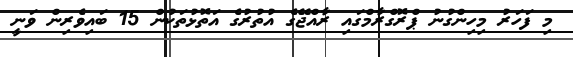
މި ފަހަރު މިހިންގުނު ޕްރޮގްރާމްގައި ރާއްޖޭގެ އުތުރުގެ އަތޮޅުތަކުން 15 ބައިވެރިން ވަނީ